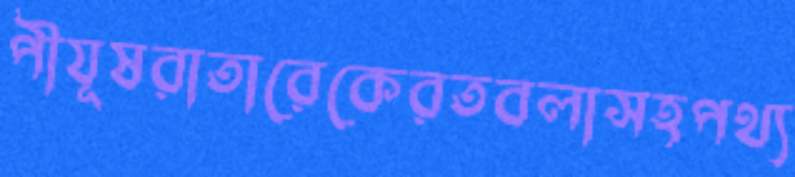
পীযূষরাতারেকেরতবলাসহপথ্য